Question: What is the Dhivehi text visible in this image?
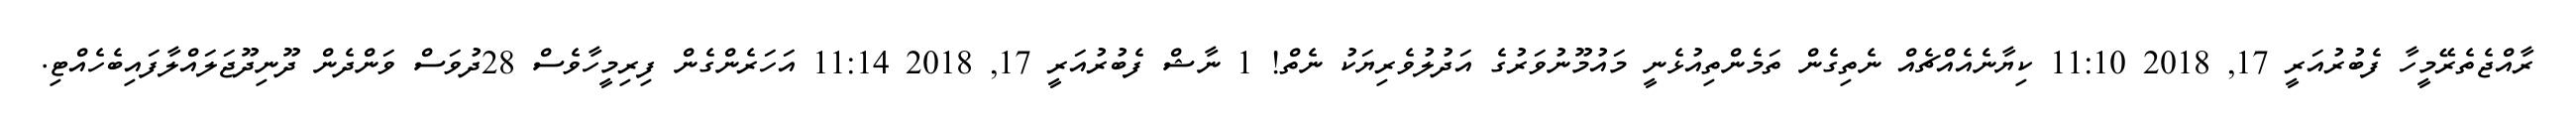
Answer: ރާއްޖެތެރޭމީހާ ފެބުރުއަރީ 17, 2018 11:10 ކިޔާނެއެއްޗެއް ނެތިގެން ތަމެންތިއުޅެނީ މައުމޫނުވަރުގެ އަދުލުވެރިޔަކު ނެތް! 1 ނާޝް ފެބުރުއަރީ 17, 2018 11:14 އަހަރެންގެން ފިރިމީހާވެސް 28ދުވަސް ވަންދެން ދޫނިދޫޖަލައްލާފައިބެހެއްޓި.